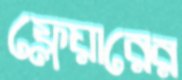
ফ্লেয়ারের